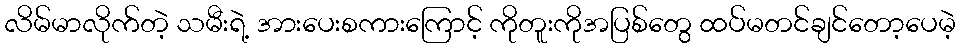
လိမ်မာလိုက်တဲ့ သမီးရဲ့ အားပေးစကားကြောင့် ကိုတူးကိုအပြစ်တွေ ထပ်မတင်ချင်တော့ပေမဲ့